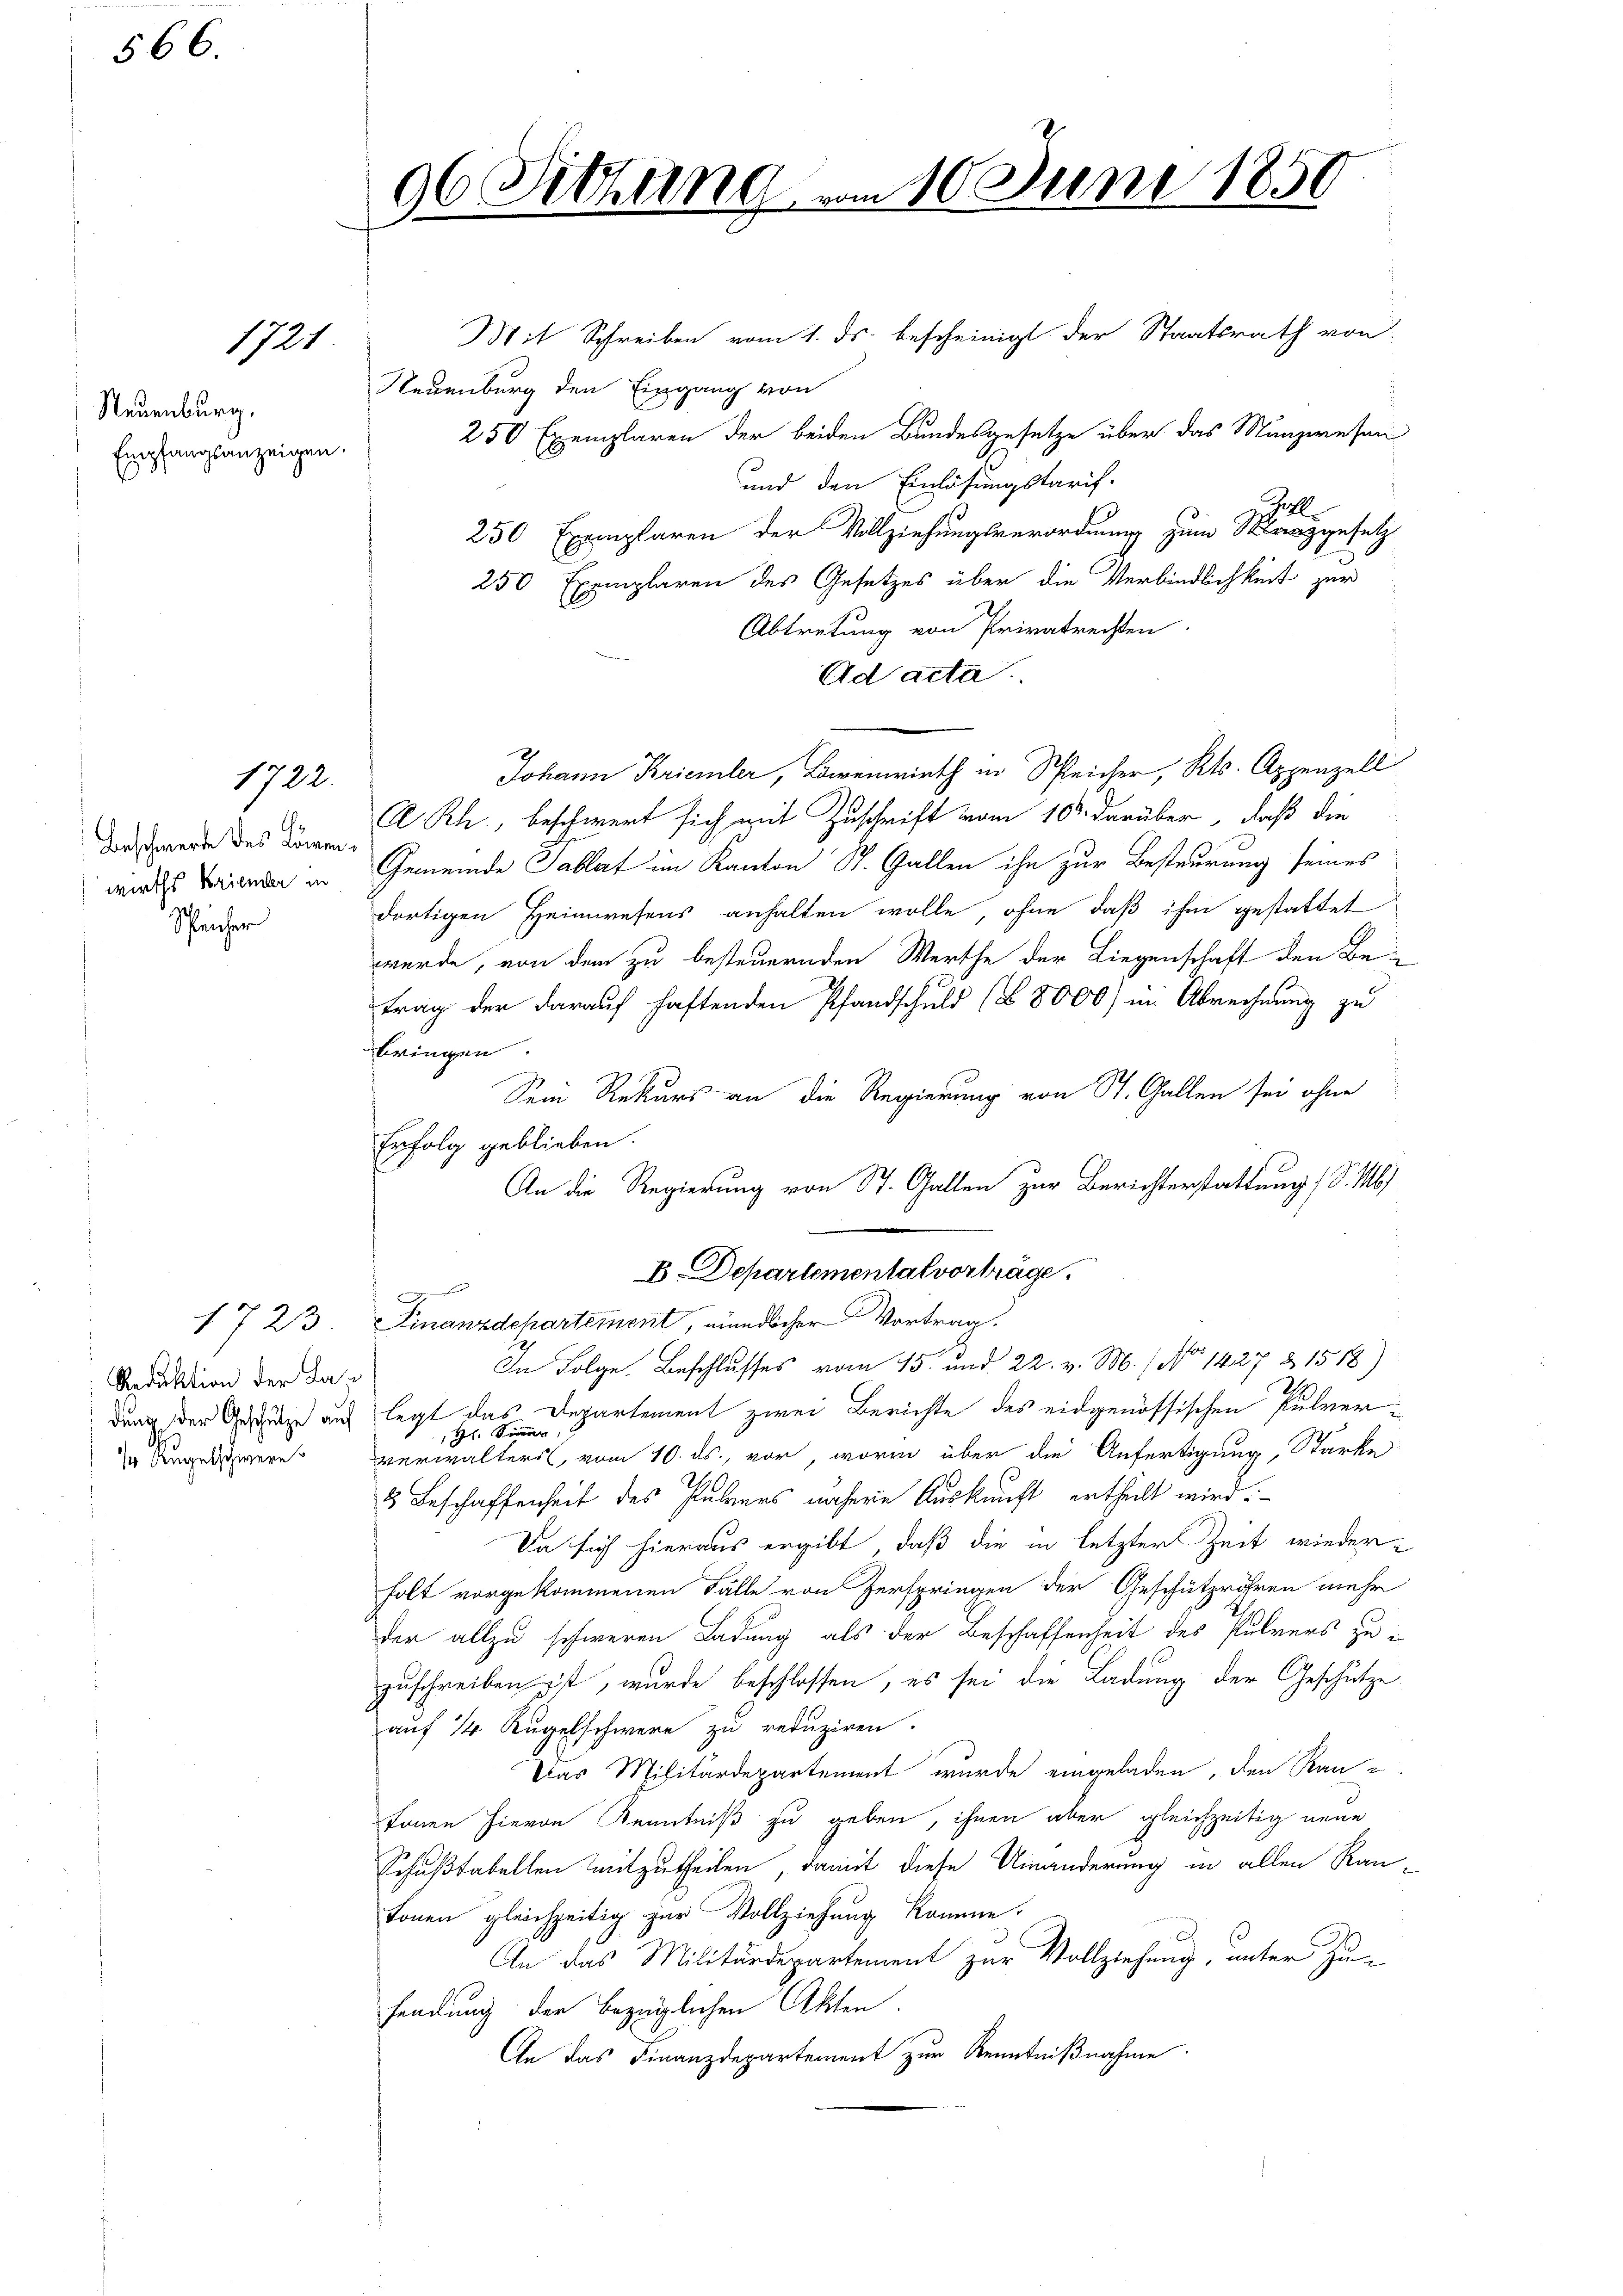
566

1721

Neuenburg,
Empfangsanzeigen.

Beschwerde des Komenwirths Briender in
Speicher

1723
Reduktion der Ladung der Geschütze auf
1 Augelschwere

1722.

96 Sitzung
.
1

Mit Schreiben vom 1. ds. bescheinigt der Staatsrath von
Neuenburg den Eingang von
250 Exemplaren der beiden Bundesgesetze über das Münzwesen
und den Einlösungstarif-
hil.
250 Exemplaren der Vollziehungsverordnung zum Manzgesetz
250 Exemplaren des Gesetzes über die Verbindlichkeit zur
Abtretung von Privatrechten.
Ad acta.
Johann Kriemler, Löwenwirth in Speicher, Kts. Appenzell
A.Rh., beschwert sich mit Zuschrift vom 10. darüber, daß die
Gemeinde Tablat im Kanton St. Gallen ihn zur Besteurung seines
dortigen Heimwesens anhalten wolle, ohne daß ihm gestattet
wurde, von dem zu besteuernden Werthe der Liegenschaft den Betrag der darauf haftenden Pfandschuld (§ 8000) in Abrechnung zu
bringen
Sein Rekurs an die Regierung von St. Gallen sei ohne
Erfolg geblieben
An die Regierung von St. Gallen zur Berichterstattung 1 S. 16
B. Departementat vorträge.

Finanzdepartement, mündlicher Vortrag.
In Folge Beschlusses vom 15. und 22. v. M.) No 1427 & 1518)
legt das Departement zwei Berichte des eidgenössischen Pulver¬
H. Sinner
verwalters, vom 10. ds., vor, worin über die Anfertigung, Stärke
3 Beschaffenheit des Pulvers näheren Auskunft ertheilt wird.
Da sich hieraus ergibt, daß die in letzter Zeit wiederholt vorgekommenen Fälle von Zerspringen der Geschützröhren mehr
der allzu schweren Ladung als der Beschaffenheit des Pulvers zu
zuschreiben ist, wurde beschlossen, es sei die Ladung der Geschütze
auf 14 Kugelschwere zu reduziren.
Das Militärdepartement wurde eingeladen, den Kanfonen hievon Kenntniß zu geben, ihnen aber gleichzeitig neue
Schußtabellen mitzutheilen, damit diese Umänderung in allen Ran
tonen gleichzeitig zur Vollziehung komme.
An das Militärdepartement zur Vollziehung, unter Zu-
sendung der bezüglichen Akten
An das Finanzdepartement zur Kenntnißnahme

10. Juni 1850